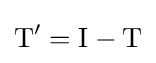
\mathrm {T} '=\mathrm {I} -\mathrm {T}